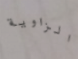
الزاوية